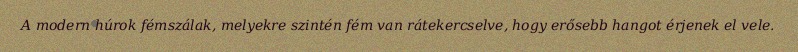
A modern húrok fémszálak, melyekre szintén fém van rátekercselve, hogy erősebb hangot érjenek el vele.